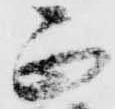
正